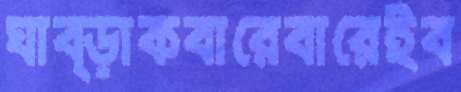
ঘাব্‌ড়াকবারেবারেইব